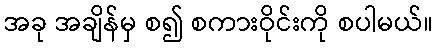
အခု အချိန်မှ စ၍ စကားဝိုင်းကို စပါမယ်။